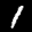
Label: 1